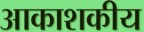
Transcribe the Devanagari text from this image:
आकाशकीय